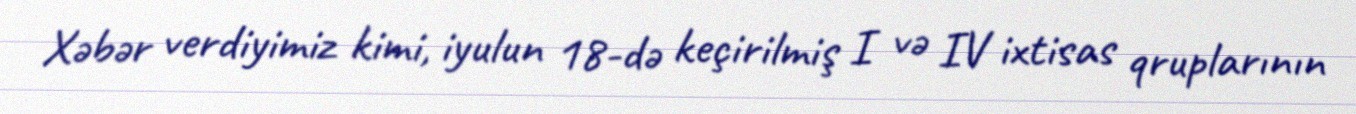
Xəbər verdiyimiz kimi, iyulun 18-də keçirilmiş I və IV ixtisas qruplarının